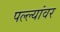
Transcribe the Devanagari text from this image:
पल्ल्यांवर